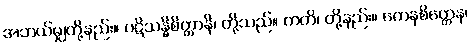
အဘယ်မျှတို့နည်း။ ပဋိသန္ဓိစိတ္တာနိ၊ တို့သည်။ ကတိ၊ တို့နည်း။ ကေနစိတ္တေန၊